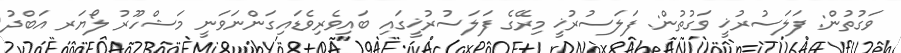
ވަގުތުން: ފަލަސުރުޚީ ވަގުތުން: ފަލަސުރުޚީ މިރޭގެ ފަލަސުރުޚީގައި ބައިވެރިވެޑައިގަންނަވަނީ މަޝްހޫރު ލޯޔަރ އަބްދު